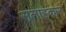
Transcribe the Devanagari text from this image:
सलाह्कार